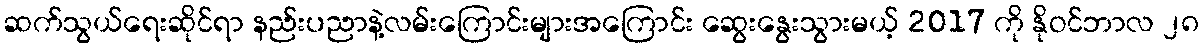
ဆက်သွယ်ရေးဆိုင်ရာ နည်းပညာနဲ့လမ်းကြောင်းများအကြောင်း ဆွေးနွေးသွားမယ့် 2017 ကို နိုဝင်ဘာလ ၂၈